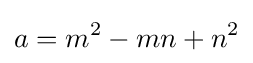
a=m^{2}-mn+n^{2}